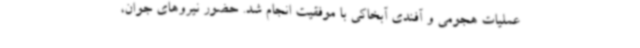
عملیات هجومی و آفندی آبخاکی با موفقیت انجام شد. حضور نیروهای جوان،